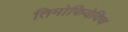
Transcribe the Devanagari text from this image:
तिमोफियेविच